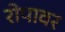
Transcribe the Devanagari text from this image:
रोपावर